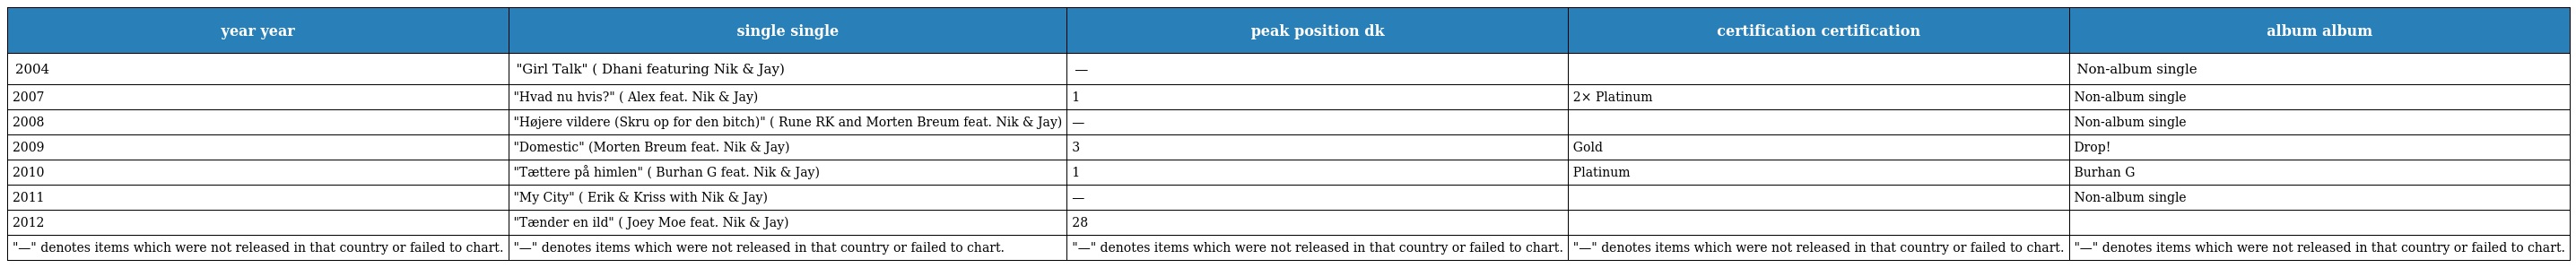
| year year | single single | peak position dk | certification certification | album album |
 | --- | --- | --- | --- | --- |
 | 2004 | "Girl Talk" ( Dhani featuring Nik & Jay) | — |  | Non-album single |
 | 2007 | "Hvad nu hvis?" ( Alex feat. Nik & Jay) | 1 | 2× Platinum | Non-album single |
 | 2008 | "Højere vildere (Skru op for den bitch)" ( Rune RK and Morten Breum feat. Nik & Jay) | — |  | Non-album single |
 | 2009 | "Domestic" (Morten Breum feat. Nik & Jay) | 3 | Gold | Drop! |
 | 2010 | "Tættere på himlen" ( Burhan G feat. Nik & Jay) | 1 | Platinum | Burhan G |
 | 2011 | "My City" ( Erik & Kriss with Nik & Jay) | — |  | Non-album single |
 | 2012 | "Tænder en ild" ( Joey Moe feat. Nik & Jay) | 28 |  |  |
 | "—" denotes items which were not released in that country or failed to chart. | "—" denotes items which were not released in that country or failed to chart. | "—" denotes items which were not released in that country or failed to chart. | "—" denotes items which were not released in that country or failed to chart. | "—" denotes items which were not released in that country or failed to chart. |